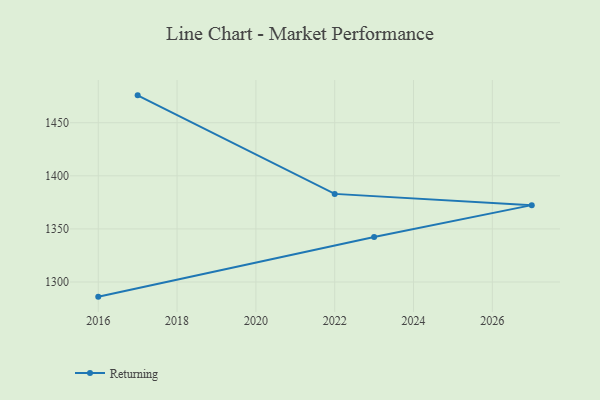
{"axis": {"x": "Year", "y": "Net Income (USD K)"}, "legend": ["Returning"], "data": [{"x": "2016", "y": 1286.2, "type": "Returning"}, {"x": "2023", "y": 1342.4, "type": "Returning"}, {"x": "2027", "y": 1372.4, "type": "Returning"}, {"x": "2022", "y": 1383.0, "type": "Returning"}, {"x": "2017", "y": 1475.8, "type": "Returning"}]}